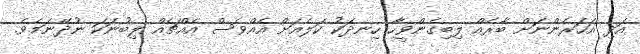
އަދި އަހަރެންނަށް ބާރެއް ލިބިގެންވީހާ ހިނދަކު ކަލެއަށް އެއްވެސް އެއްޗެއް ލިބުނަކަ ނުދޭނަމެވެ.